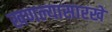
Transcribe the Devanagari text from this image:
खणल्यासारखे